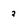
Character: 2